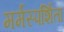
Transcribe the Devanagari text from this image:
मर्मस्पर्शिता